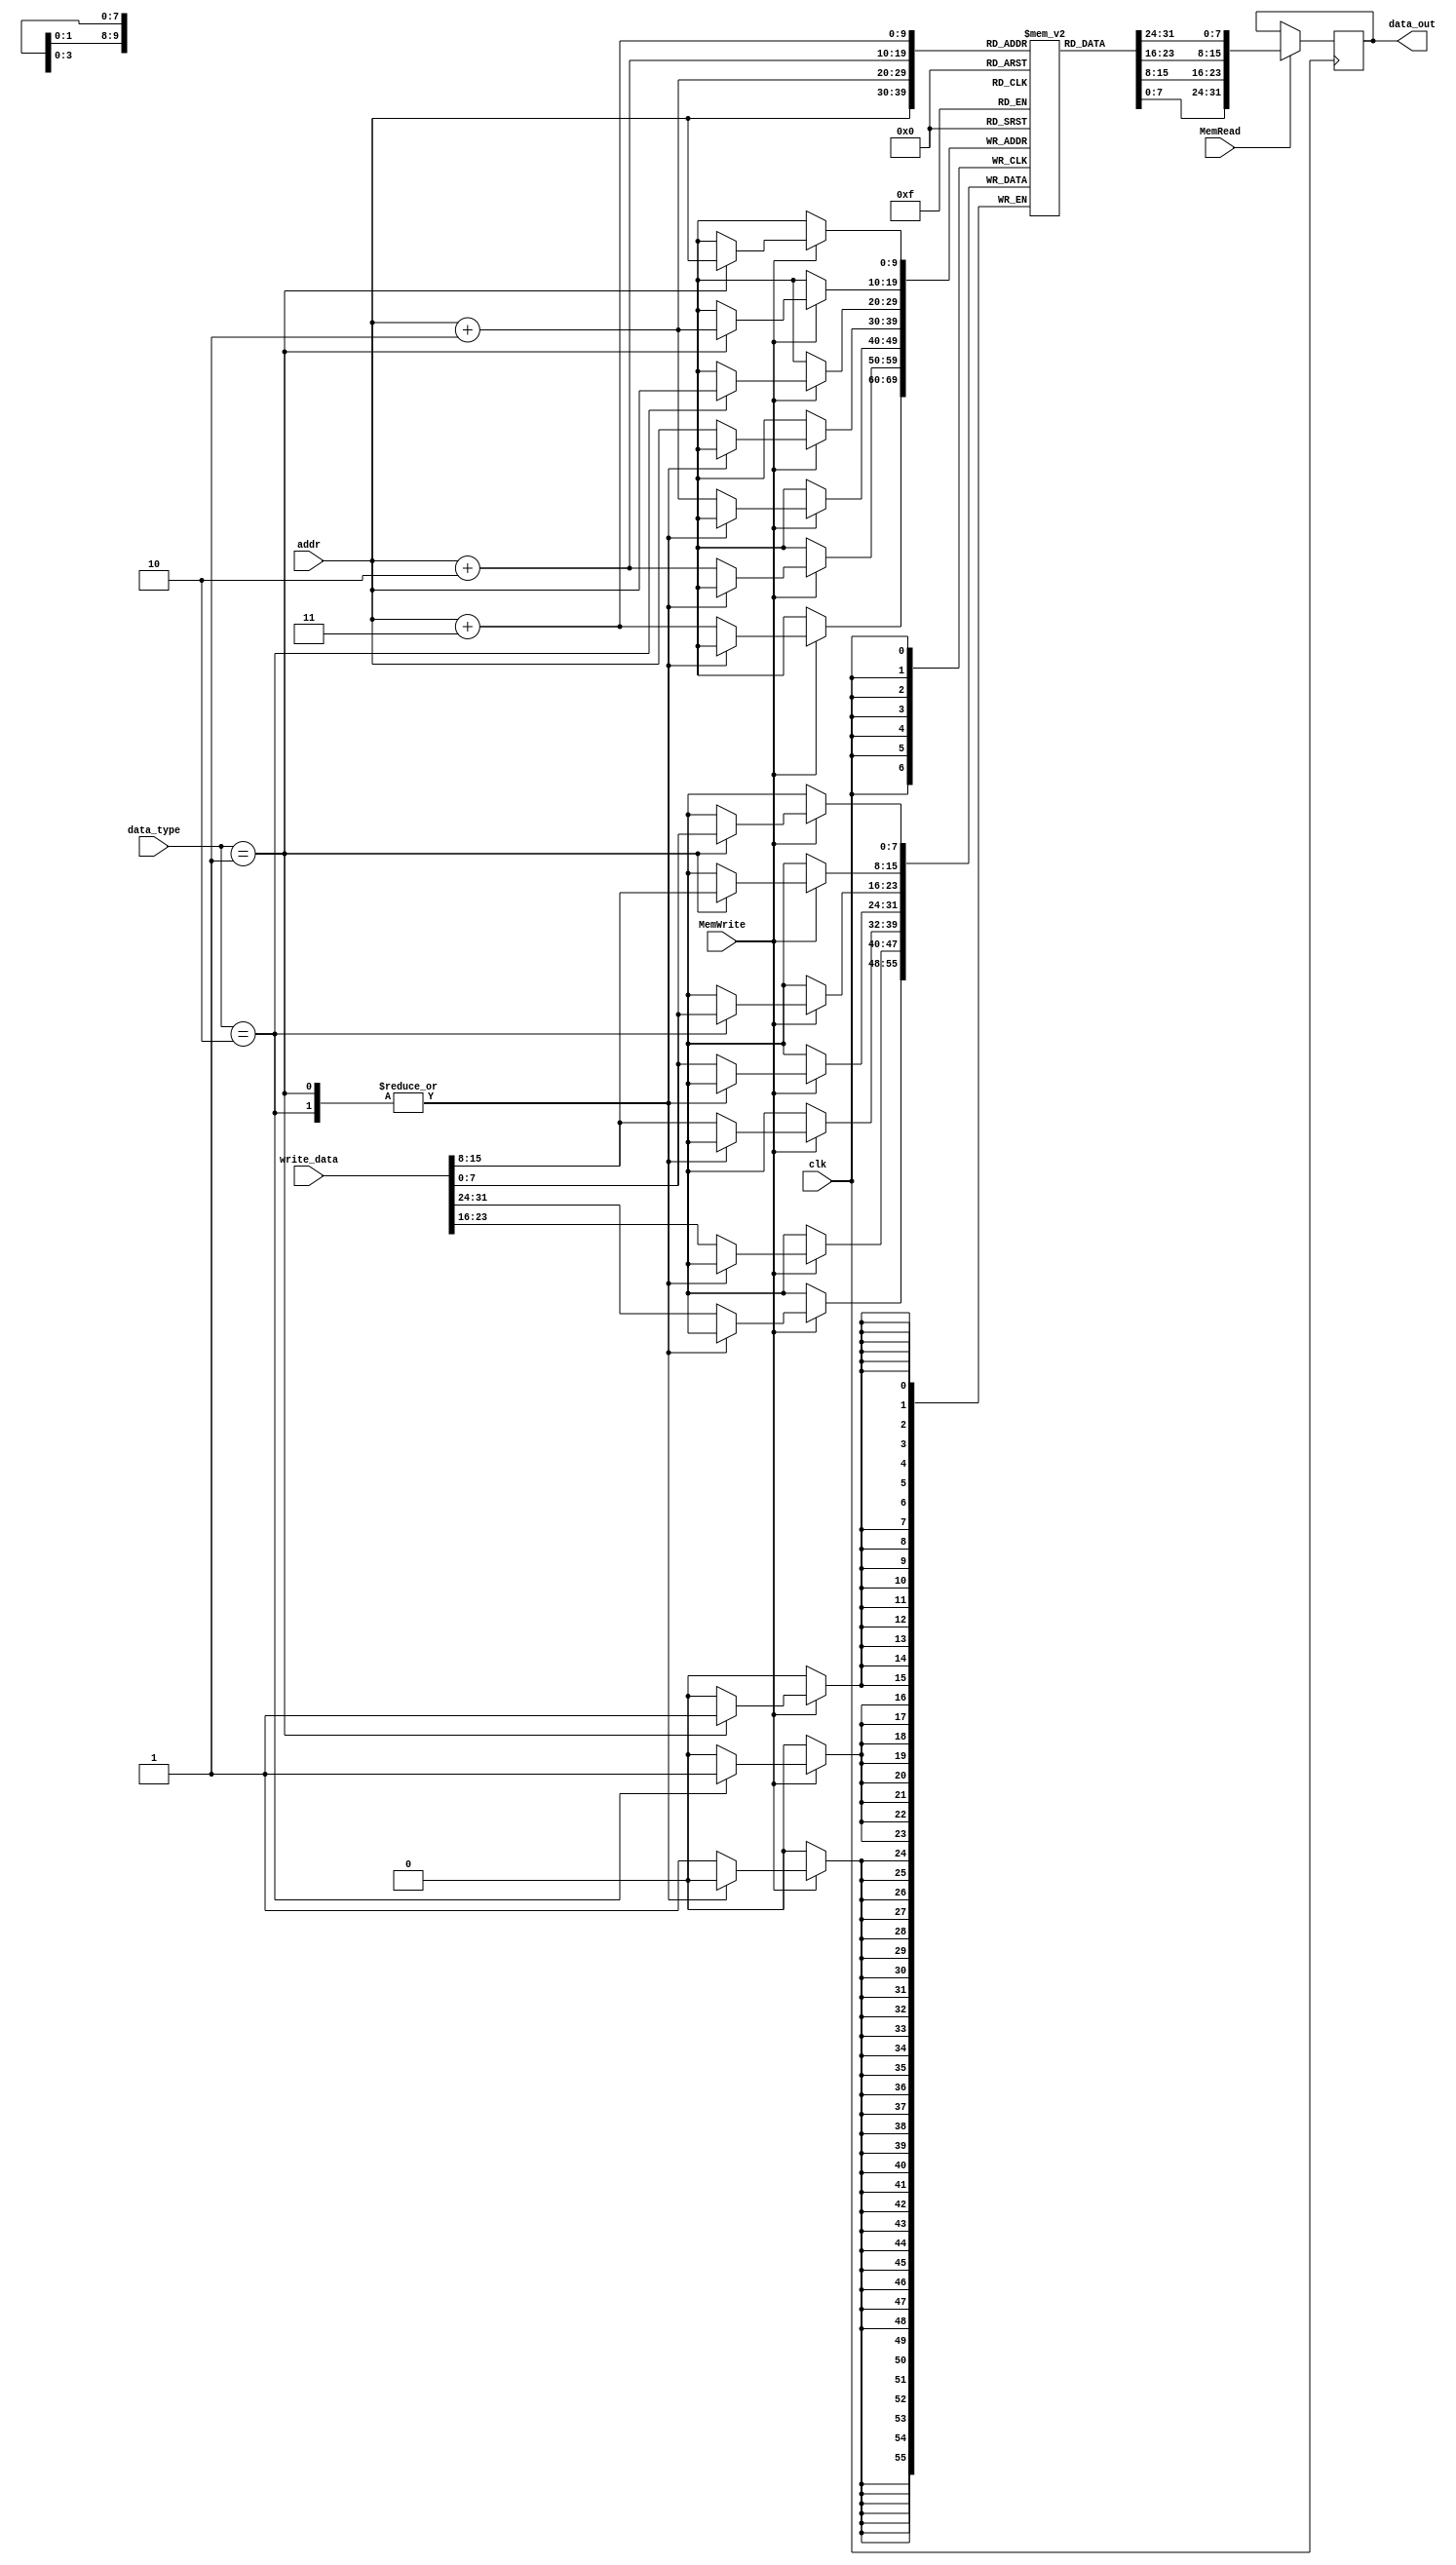
module data_memory  (//1byte x 1024 =1kB
        //m bit x 2^n
    input wire clk,
    input wire [9:0] addr,
    input wire [31:0] write_data,
    input wire MemRead,MemWrite,
    input wire [1:0] data_type,

    output reg[31:0]data_out

);

    reg [7:0] data_array [1023:0];
    integer i;

    initial begin
        for(i=0;i<512;i=i+1)
            data_array[i] <= 8'd0;
            
        for(i=512;i<1009/*1024*/;i=i+1)
            data_array[i] <= 8'd0;

        {data_array[1023],data_array[1022],data_array[1021],data_array[1020]}=32'h0a48656c;
        {data_array[1019],data_array[1018],data_array[1017],data_array[1016]}=32'h6c6f2057;
        {data_array[1015],data_array[1014],data_array[1013],data_array[1012]}=32'h6f726c64;
        {data_array[1011],data_array[1010],data_array[1009],data_array[1008]}=32'h210a0000;


        data_out=32'h0000_0000;
    end

    always @(negedge clk) begin
        if(MemRead) begin
            data_out = {data_array[addr+3],data_array[addr+2],data_array[addr+1],data_array[addr]};
        end
    end

    always @(posedge clk) begin
        if(MemWrite) begin
            case (data_type)
                2'd1: begin //half word
                    data_array[addr] = write_data[7:0];
                    data_array[addr+1] = write_data[15:8];
                end

                2'd2: begin //byte
                    data_array[addr] = write_data[7:0];
                end
                
                default:begin //word
                    data_array[addr] = write_data[7:0];
                    data_array[addr+1] = write_data[15:8];
                    data_array[addr+2] = write_data[23:16];
                    data_array[addr+3] = write_data[31:24];
                end 
            endcase
            
        end
    end
    
endmodule